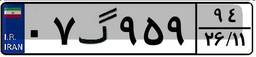
۴۴گ۱۲۹۵۷